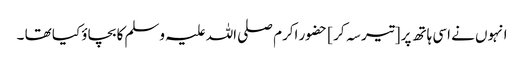
انہوں نے اسی ہاتھ پر [تیر سہ کر ] حضور اکرم صلی اللہ علیہ وسلم کا بچاؤ کیا تھا ۔